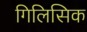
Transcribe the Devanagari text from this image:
गिलिसिक